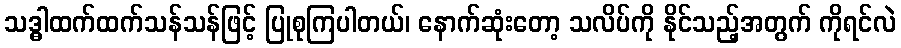
သဒ္ဓါထက်ထက်သန်သန်ဖြင့် ပြုစုကြပါတယ်၊ နောက်ဆုံးတော့ သလိပ်ကို နိုင်သည့်အတွက် ကိုရင်လဲ